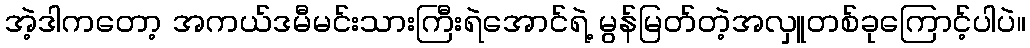
အဲ့ဒါကတော့ အကယ်ဒမီမင်းသားကြီးရဲအောင်ရဲ့ မွန်မြတ်တဲ့အလှူတစ်ခုကြောင့်ပါပဲ။